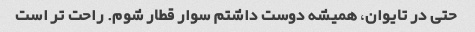
حتی در تایوان، همیشه دوست داشتم سوار قطار شوم. راحت تر است